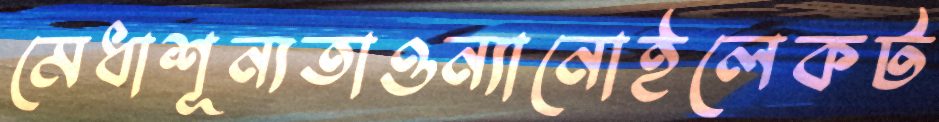
মেধাশূন্যতাওন্যানোইলেকট